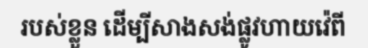
របស់ខ្លួន ដើម្បីសាងសង់ផ្លូវហាយវ៉េពី